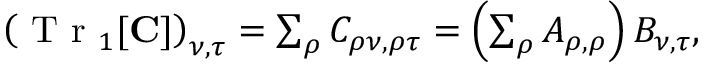
\begin{array} { r } { \left( \ensuremath { \mathrm { ~ T ~ r ~ } } _ { 1 } [ \ensuremath { \mathbf { C } } ] \right) _ { \nu , \tau } = \sum _ { \rho } C _ { \rho \nu , \rho \tau } = \left( \sum _ { \rho } A _ { \rho , \rho } \right) B _ { \nu , \tau } , } \end{array}